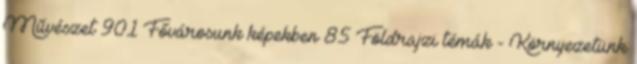
Művészet 901 Fővárosunk képekben 85 Földrajzi témák - Környezetünk